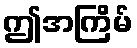
ဤအကြိမ်